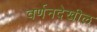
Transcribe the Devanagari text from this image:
वर्णनदेखील